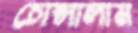
চোপ্‌সালাম